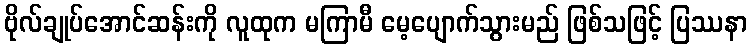
ဗိုလ်ချုပ်အောင်ဆန်းကို လူထုက မကြာမီ မေ့ပျောက်သွားမည် ဖြစ်သဖြင့် ပြဿနာ